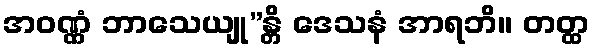
အဝဏ္ဏံ ဘာသေယျု”န္တိ ဒေသနံ အာရဘိ။ တတ္ထ